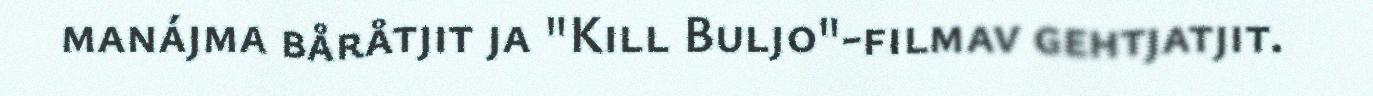
manájma båråtjit ja "Kill Buljo"-filmav gehtjatjit.